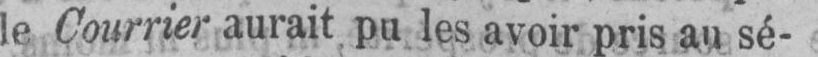
le Courrier aurait pu les avoir pris au sé-